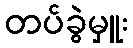
တပ်ခွဲမှူး